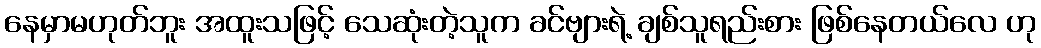
နေမှာမဟုတ်ဘူး အထူးသဖြင့် သေဆုံးတဲ့သူက ခင်ဗျားရဲ့ ချစ်သူရည်းစား ဖြစ်နေတယ်လေ ဟု